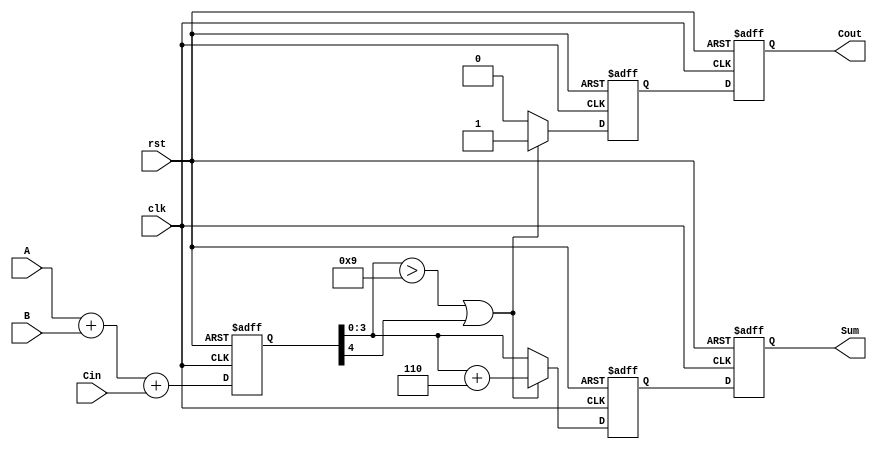
module BCD_Pipelined_Adder (
    input wire clk,
    input wire rst,
    input wire [3:0] A,      // BCD digit A
    input wire [3:0] B,      // BCD digit B
    input wire Cin,          // Carry-in
    output reg [3:0] Sum,    // Corrected BCD sum
    output reg Cout          // Carry-out
);

    // Intermediate signals
    reg [4:0] raw_sum;       // 5-bit raw sum
    reg [4:0] corrected_sum; // 5-bit corrected sum
    reg carry_out;           // Carry-out from BCD correction

    // Pipeline registers
    reg [4:0] sum_reg;       // Register to hold raw sum
    reg [4:0] corrected_reg; // Register to hold corrected sum

    // Binary Adder
    always @(posedge clk or posedge rst) begin
        if (rst) begin
            sum_reg <= 5'b0;
        end else begin
            raw_sum = A + B + Cin; // Perform binary addition
            sum_reg <= raw_sum;    // Store raw sum in pipeline register
        end
    end

    // BCD Correction Logic
    always @(posedge clk or posedge rst) begin
        if (rst) begin
            corrected_reg <= 5'b0;
            carry_out <= 1'b0;
        end else begin
            // Check for BCD correction
            if (sum_reg[3:0] > 4'b1001 || sum_reg[4] == 1'b1) begin
                corrected_sum = sum_reg + 5'b00110; // Add 6 for correction
                carry_out = 1'b1;                   // Set carry-out
            end else begin
                corrected_sum = sum_reg;            // No correction needed
                carry_out = 1'b0;                   // No carry-out
            end
            corrected_reg <= corrected_sum; // Store corrected sum in pipeline register
        end
    end

    // Output Stage
    always @(posedge clk or posedge rst) begin
        if (rst) begin
            Sum <= 4'b0;
            Cout <= 1'b0;
        end else begin
            Sum <= corrected_reg[3:0]; // Output the 4-bit corrected BCD sum
            Cout <= carry_out;         // Output the carry-out
        end
    end

endmodule